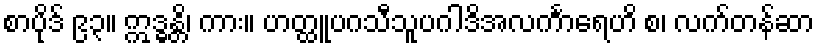
စာပိုဒ် ၉၃။ ဣဒ္ဓန္တိ၊ ကား။ ဟတ္ထူပဂသီသူပဂါဒိအလင်္ကာရေဟိ စ၊ လက်တန်ဆာ